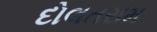
દોલતરામ